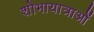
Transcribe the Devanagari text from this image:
शोभायात्राओं